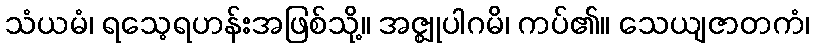
သံယမံ၊ ရသေ့ရဟန်းအဖြစ်သို့။ အဇ္ဈုပါဂမိ၊ ကပ်၏။ သေယျဇာတကံ၊